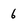
Character: 6